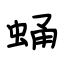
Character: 蛹